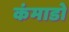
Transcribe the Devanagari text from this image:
कंमाडो